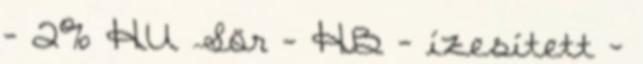
- 2% HU Sör - HB - ízesített -